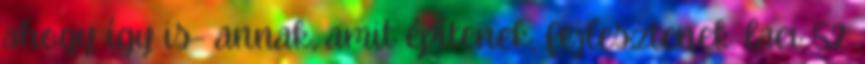
ahogy így is- annak, amit építenek, fejlesztenek. laci 52: